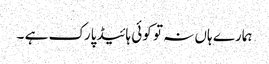
ہمارے ہاں نہ تو کوئی ہائیڈپارک ہے ۔